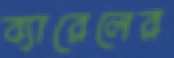
ব্যারেলের